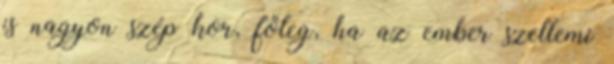
is nagyon szép kor, főleg, ha az ember szellemi